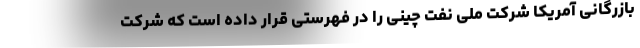
بازرگانی آمریکا شرکت ملی نفت چینی را در فهرستی قرار داده است که شرکت